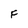
Character: F